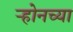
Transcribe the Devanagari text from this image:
ऱ्होनच्या